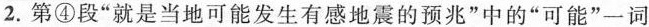
2.第④段”就是当地可能发生有感地震的预兆”中的”可能”一词